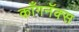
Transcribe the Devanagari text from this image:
काँगनॅक्स